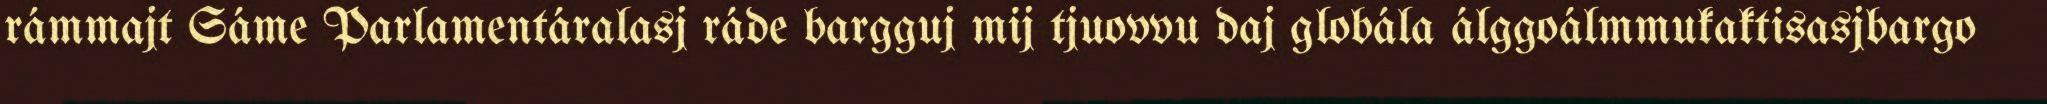
rámmajt Sáme Parlamentáralasj ráde bargguj mij tjuovvu daj globála álggoálmmukaktisasjbargo